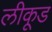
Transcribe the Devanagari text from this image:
लीकूड